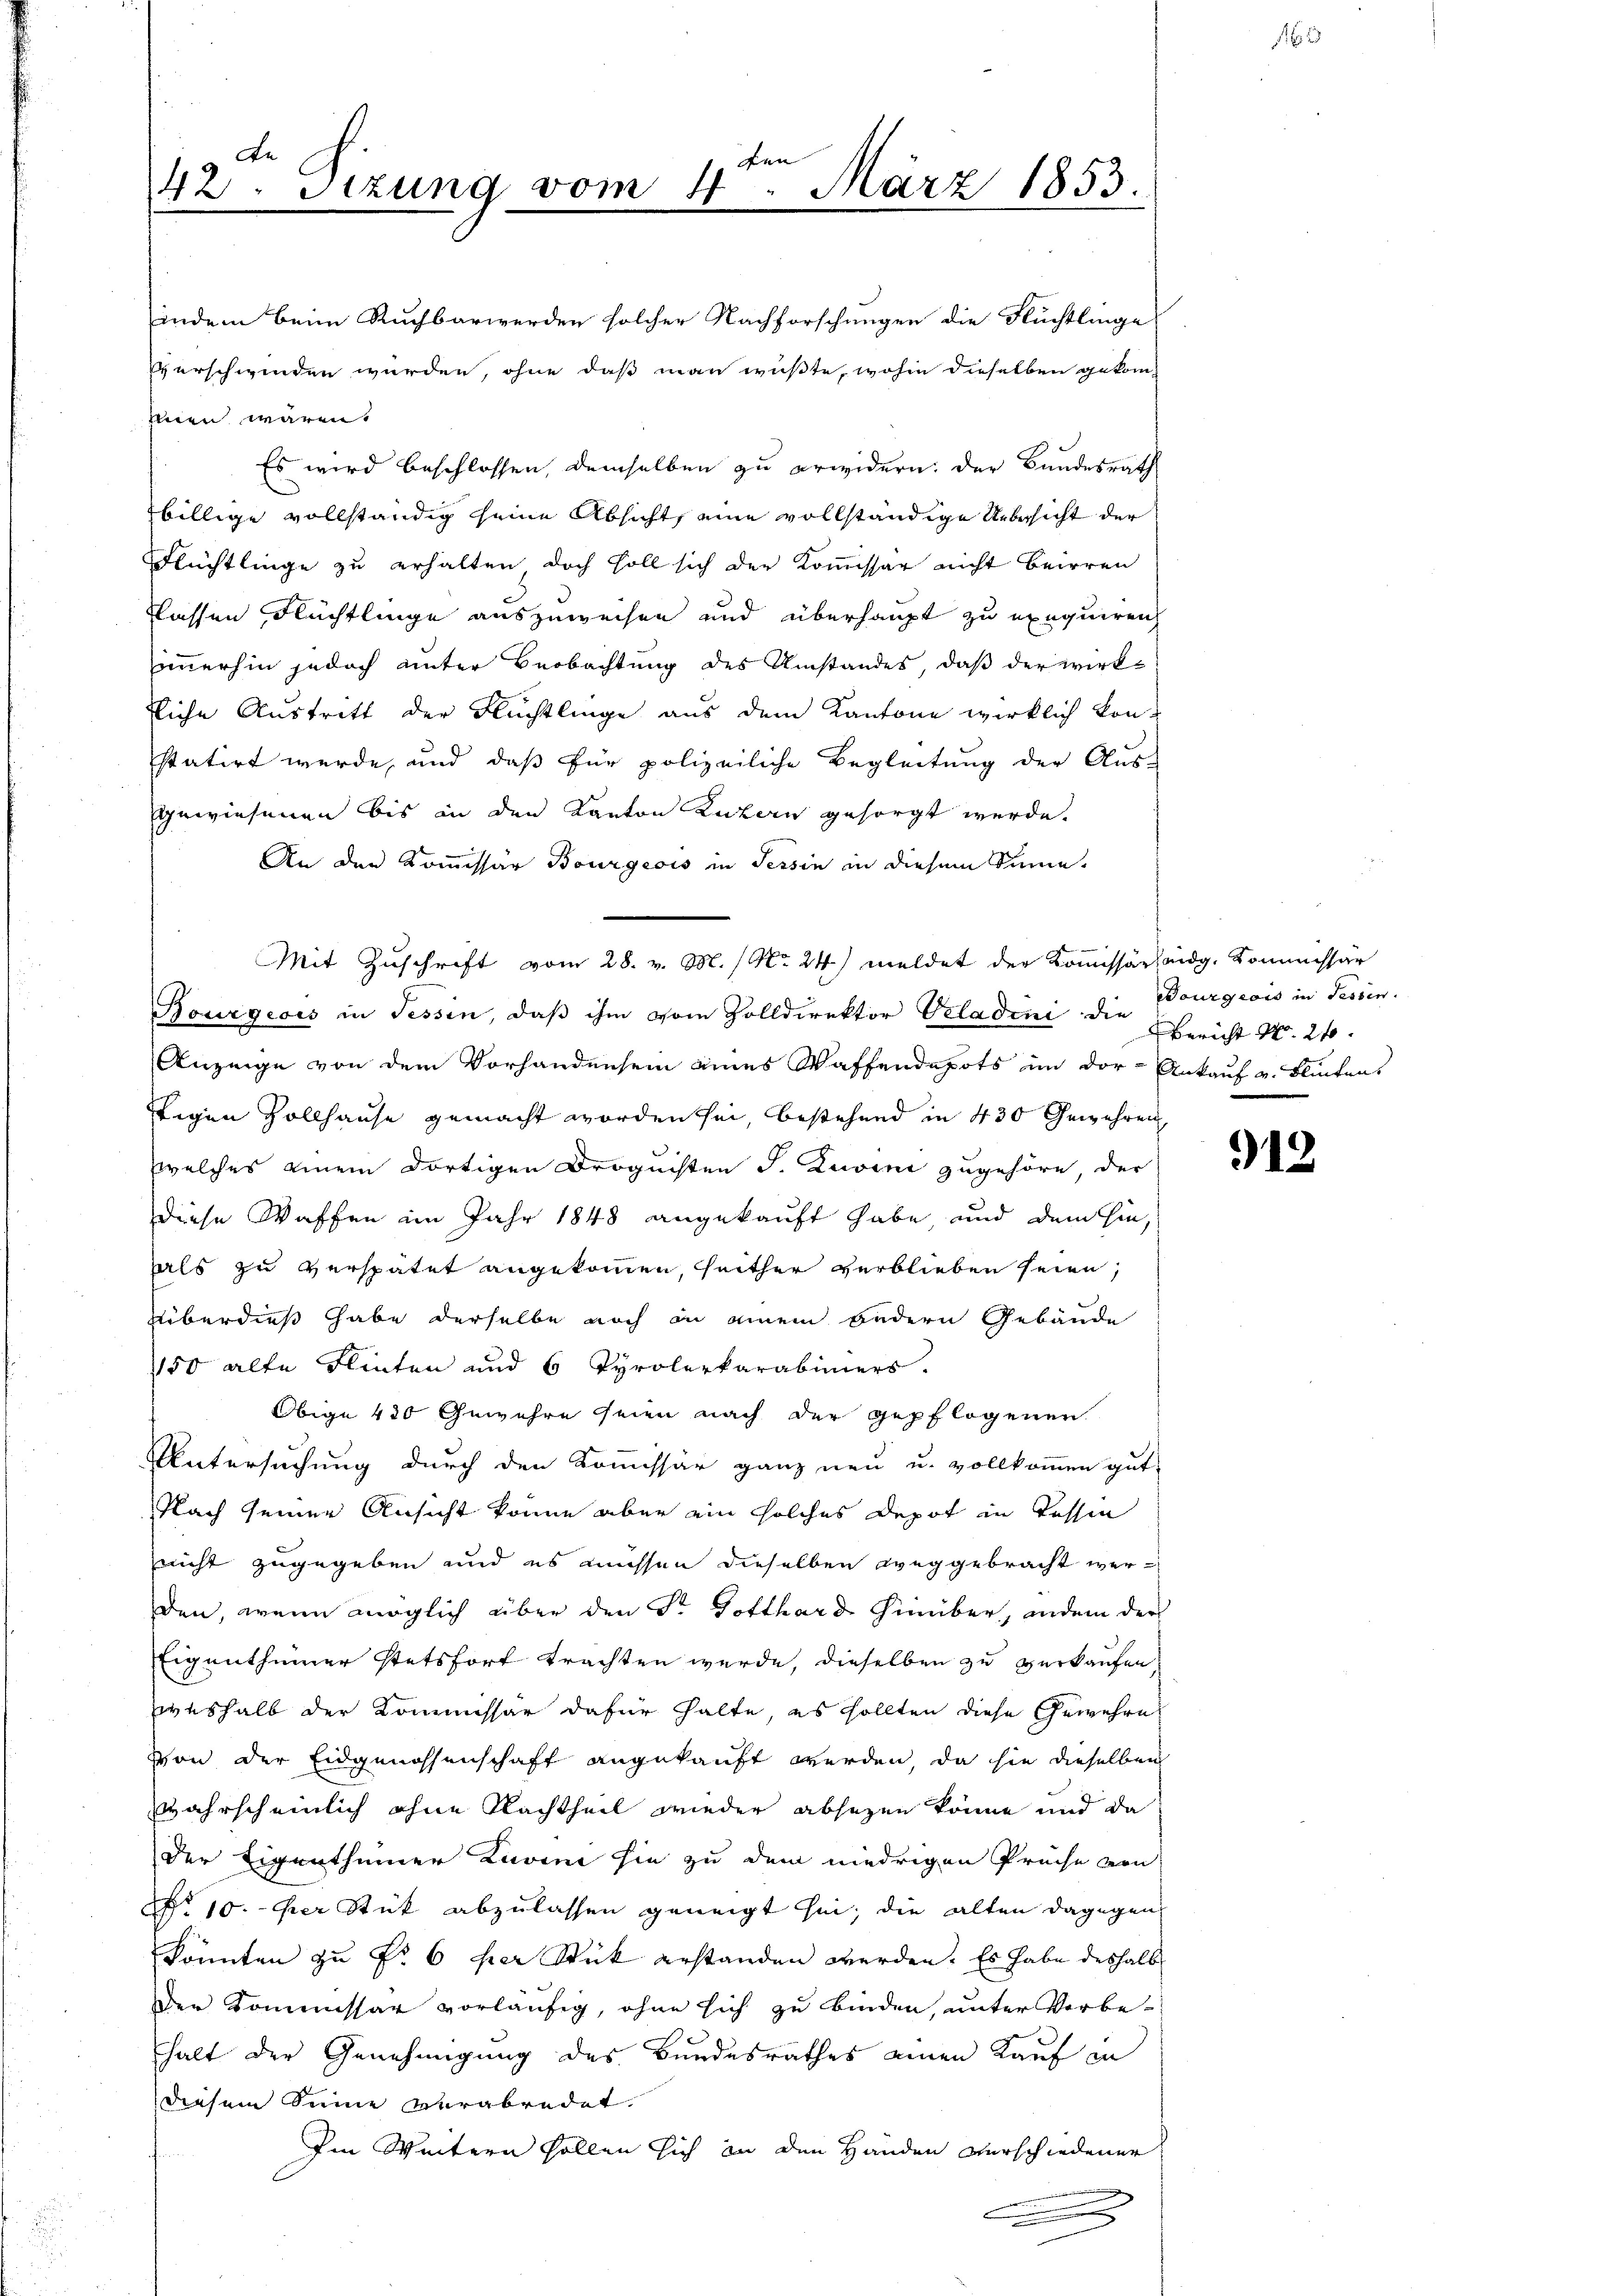
en
42. Sizung vom 4. März 1853.

indem beim Ruchbarwerden solcher Nachforschungen die Flüchtlinge
erschwinden würden, ohne daß man wußte, wohin dieselben gekom-
Einen wären.
Es wird beschlossen, demselben zu erwidern: der Bundesrath
billige vollständig seine Absicht, eine vollständige Uebersicht der
Flüchtlinge zu erhalten, doch soll sich der Kommissar nicht beirren
flassen Flüchtlinge auszuweisen und überhaupt zu exequiren,
immerhin jedoch unter Beobachtung des Umstandes, daß der wirkfliche Austritt der Flüchtlinge aus dem Kantone wirklich kon-
statirt werde, und daß für polizeiliche Begleitung der Aus-
gewiesenen bis an den Kanton Luzern gesorgt werde.
An den Kommissär Bourgeois in Tessin in diesem Sinne
Mit Zuschrift vom 28. v. M. / No 24) meldet der Kommissärs eidg. Kommissär
Bourgeois in Tessin, daß ihm vom Zolldirektor Veladeni die Bourgiais in Tessin.
Anzeige von dem Vorhandensein eines Waffendepots in der Ankauf u. Fluchens
ftigen Zollhause gemacht worden sei, bestehend in 430 Gewehren,
welches einem dortigen Droguisten S. Zuvini zugehöre, der
diese Waffen im Jahr 1848 angekauft habe, und dem hinals zu verspätet angekommen, seither verblieben seien,
Überdieß habe derselbe noch in einem Bedern Gebäude
1150 alte Flinten und 6 Tyrolerkarabimiers.
Obige 430 Gewehre seien nach der gepflogenen
Untersuchung durch den Kommissär ganz neu u. vollkommen gut-
Nach seiner Ansicht könne aber ein solches Depot in dessen
nicht zugegeben und es müssen dieselben weggebracht werden, wenn möglich über den Sr Gotthard hinüber, indem der
Eigenthümer stetsfort trachten werde, dieselben zu verkaufen
weshalb der Kommissär dafür halte, es sollten diese Gewehre
von der Eidgenossenschaft angekauft werden, da sie dieselben
ahrscheinlich ohne Nachtheil wieder absezen könne und da
der Eigenthümer Zuvini sie zu dem niedrigen Preise von
No 10. per Stick abzulassen geneigt sei; die alten dagegen
könnten zu Fr. 6 per Stück erstanden werden. Es habe deshalb
Der Kommissar vorläufig, ohne sich zu binden, unter Vorbe-
halt der Genehmigung des Bundesrathes einen Kauf in
diesem Sinne verabredet.
Im Weitern sollen sich an den Händen verschiedener
n

Bericht No. 210.

913